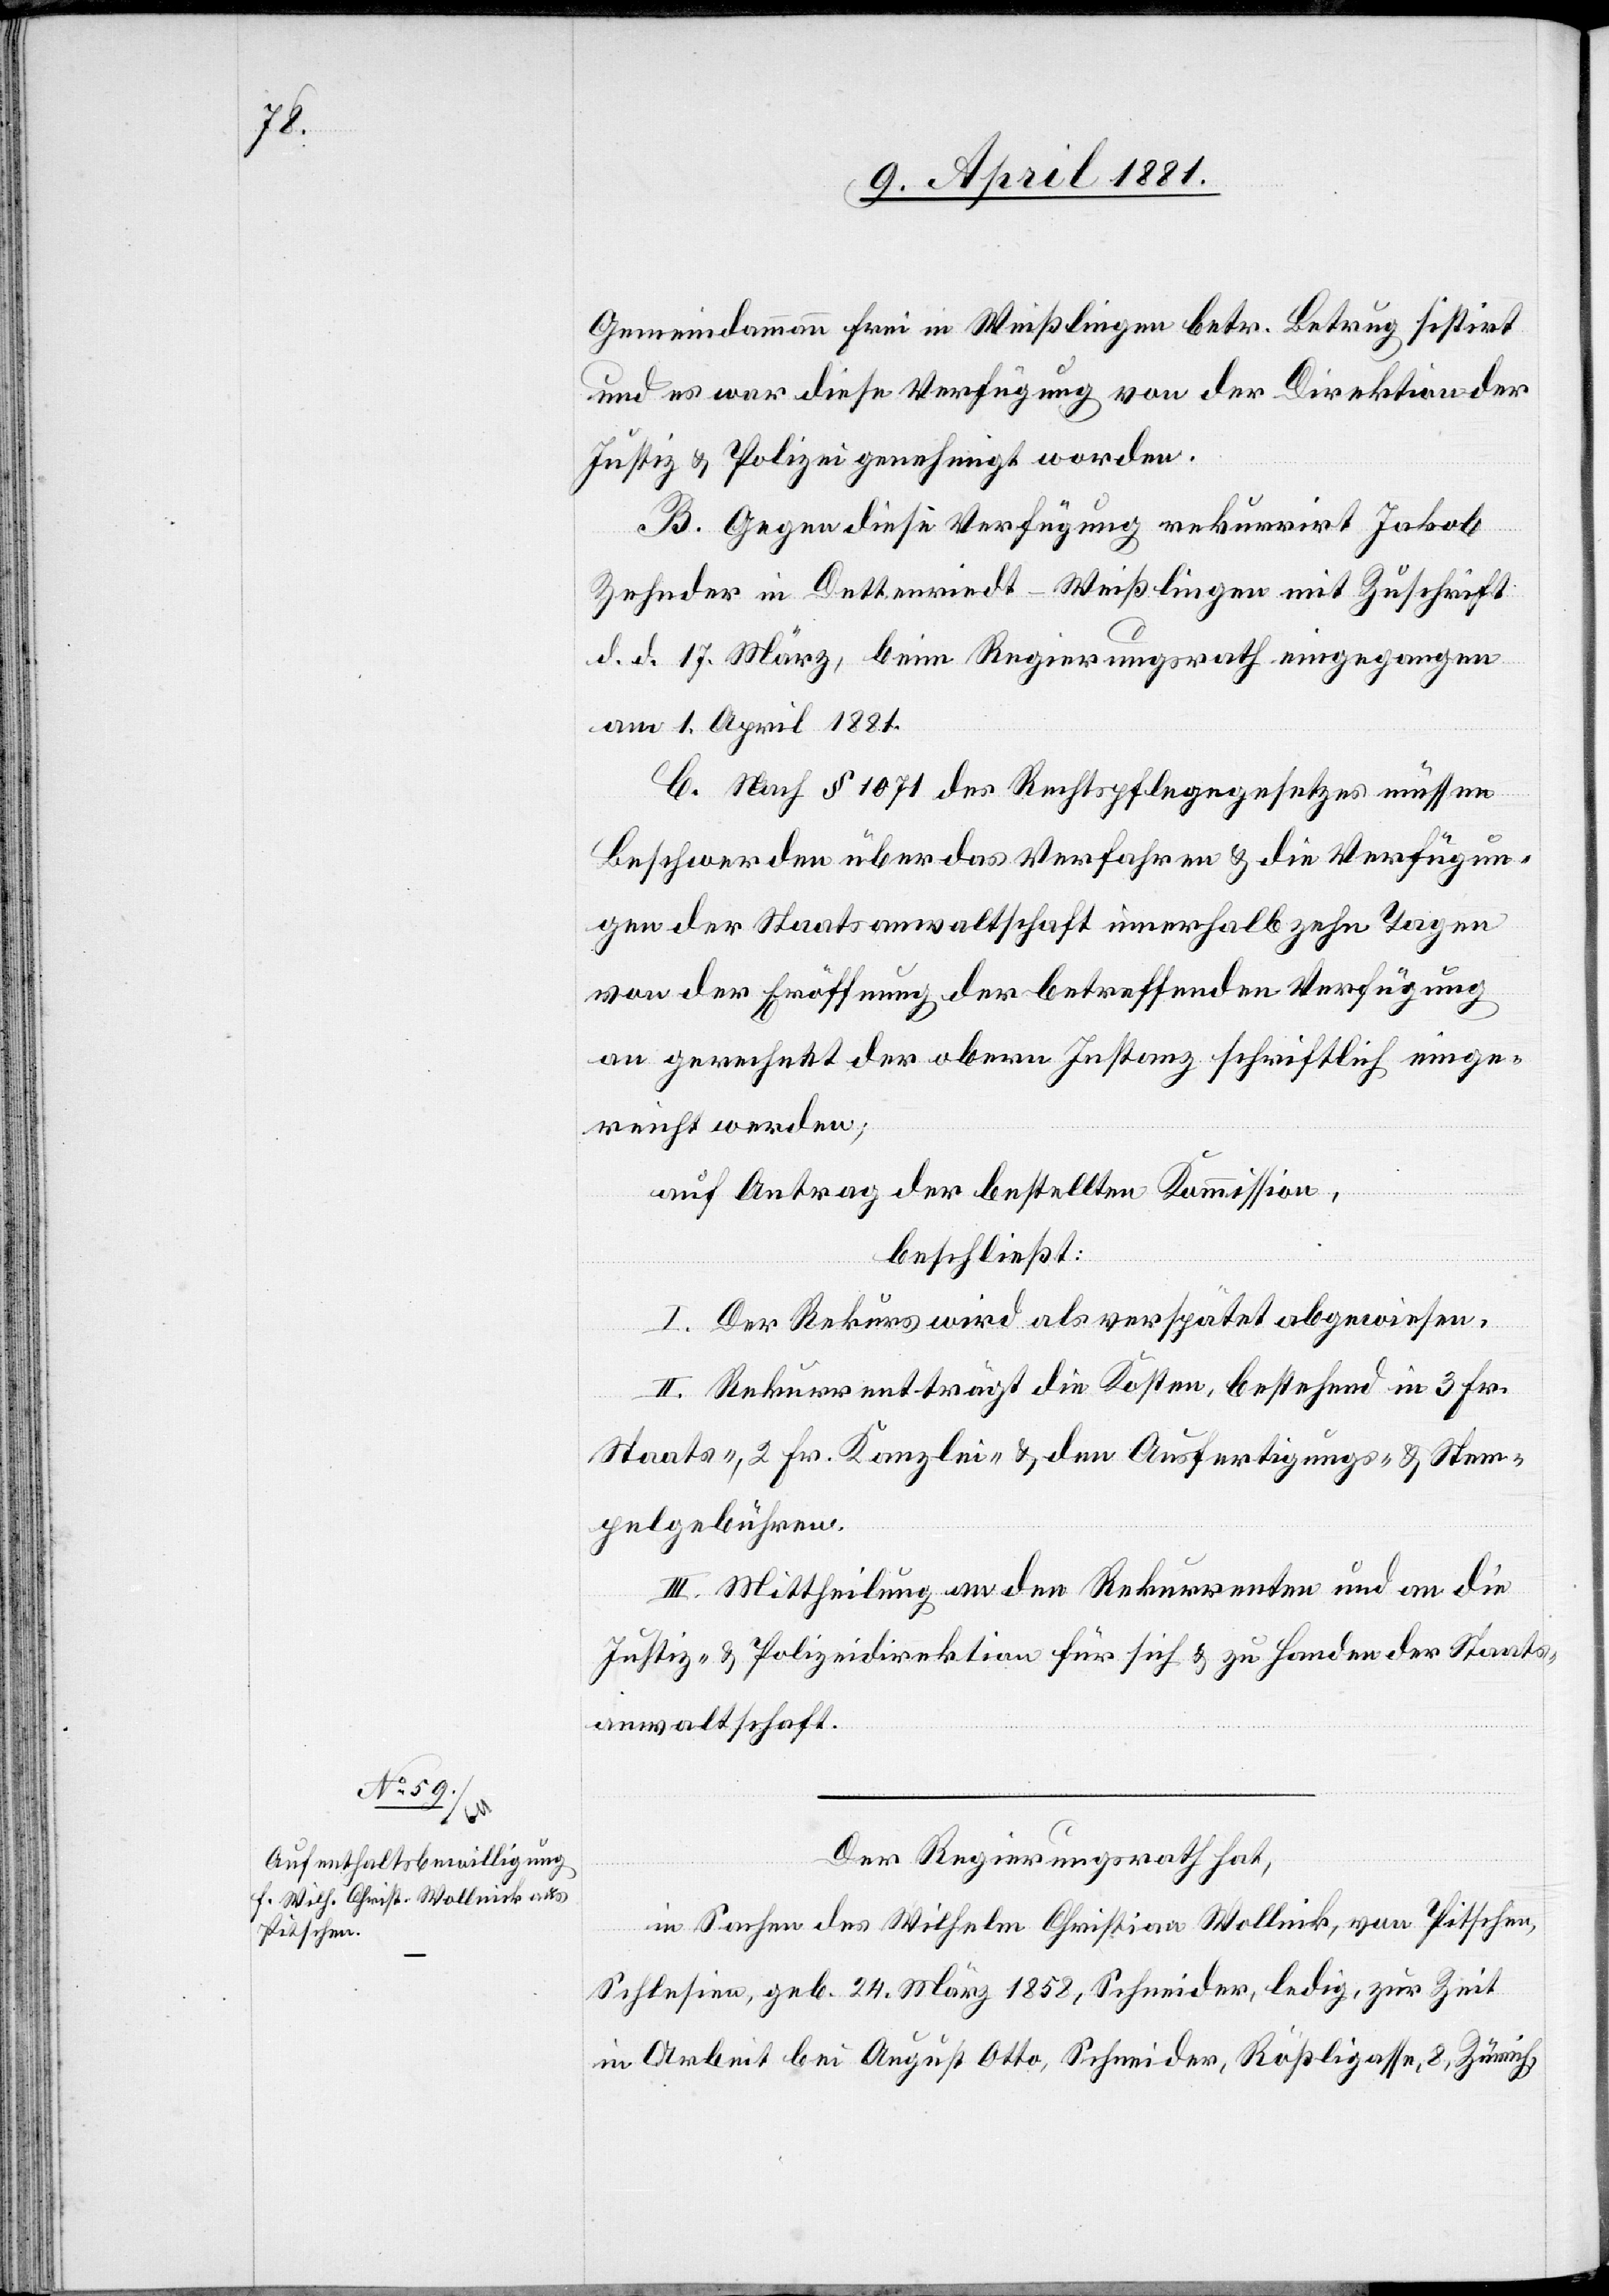
Gemeindammann Frei in Weißlingen betr. Betrug sistirt
und es war diese Verfügung von der Direktion der
Justiz & Polizei genehmigt worden.
B. Gegen diese Verfügung rekurrirt Jakob
Zehnder in Dettenriedt - Weißlingen mit Zuschrift
d. d. 17. März, beim Regierungsrath eingegangen
am 1. April 1881.
C. Nach § 1071 des Rechtspflegegesetzes müssen
Beschwerden über das Verfahren & die Verfügun¬
gen der Staatsanwaltschaft innerhalb zehn Tagen
von der Eröffnung der betreffenden Verfügung
an gerechnet der obern Instanz schriftlich einge¬
reicht werden;
auf Antrag der bestellten Kommission,
beschließt:
I. Der Rekurs wird als verspätet abgewiesen.
II. Rekurrent trägt die Kosten, bestehend in 3 Fr.
Staats-, 2 Fr. Kanzlei- & den Ausfertigungs- & Stem¬
pelgebühren.
III. Mittheilung an den Rekurrenten und an die
Justiz- & Polizeidirektion für sich & zu Handen der Staats¬
anwaltschaft.
Der Regierungsrath hat,
in Sachen des Wilhelm Christian Wollnik [sic!], von Pitschen,
Schlesien, geb. 24. März 1858, Schneider, ledig, zur Zeit
in Arbeit bei August Otto, Schneider, Rößligasse, 8, Zürich,